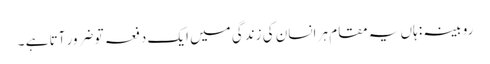
روبینہ : ہاں یہ مقام ہر انسان کی زندگی میں ایک دفعہ تو ضرور آتا ہے ۔